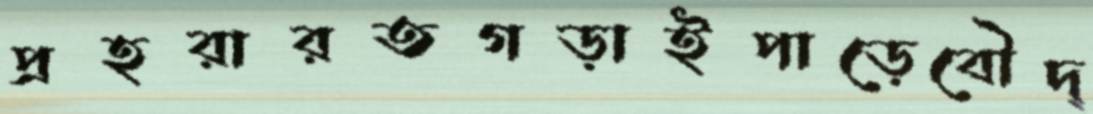
প্রহরারতগড়াইপাড়েবৌদ্